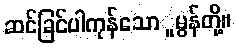
ဆင်ခြင်ပါကုန်သောူမွန်တို့။